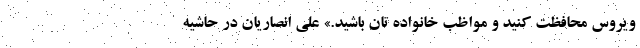
ویروس محافظت کنید و مواظب خانواده تان باشید.» علی انصاریان در حاشیه